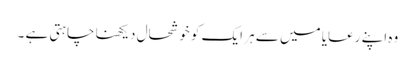
وہ اپنے رعایا میں سے ہر ایک کو خوشحال دیکھنا چاہتی ہے ۔